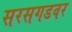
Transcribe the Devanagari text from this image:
सरसगडवर